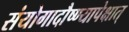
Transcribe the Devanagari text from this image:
संयोगादौष्ण्यापेक्षात्